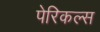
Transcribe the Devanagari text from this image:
पेरिकल्स